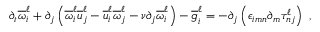
\partial _ { t } \overline { { \omega } } _ { i } ^ { \ell } + \partial _ { j } \left( \overline { { \omega } } _ { i } ^ { \ell } \overline { { u } } _ { j } ^ { \ell } - \overline { { u } } _ { i } ^ { \ell } \overline { { \omega } } _ { j } ^ { \ell } - \nu \partial _ { j } \overline { { \omega } } _ { i } ^ { \ell } \right) - \overline { { g } } _ { i } ^ { \ell } = - \partial _ { j } \left( \epsilon _ { i m n } \partial _ { m } \tau _ { n j } ^ { \ell } \right) \ ,